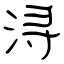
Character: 浔